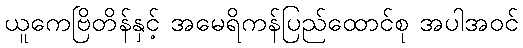
ယူကေဗြိတိန်နှင့် အမေရိကန်ပြည်ထောင်စု အပါအဝင်